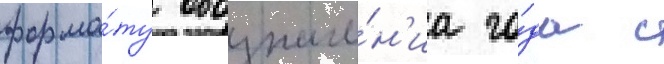
форма́ту обозначе́н'иа го́да с